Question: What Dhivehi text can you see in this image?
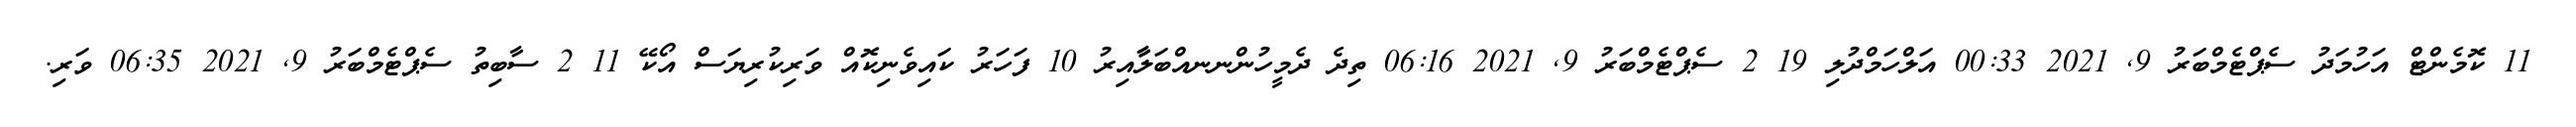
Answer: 11 ކޮމެންޓް އަހުމަދު ސެޕްޓެމްބަރު 9, 2021 00:33 އަލްހަމްދުލި 19 2 ސެޕްޓެމްބަރު 9, 2021 06:16 ތިދެ ދެމީހުންނނއްބަލާާއިރު 10 ފަހަރު ކައިވެނިކޮއް ވަރިކުރިޔަސް އޯކޭ 11 2 ސާބިތު ސެޕްޓެމްބަރު 9, 2021 06:35 ވަރި.